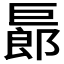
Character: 𢀨